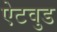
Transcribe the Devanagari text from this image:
ऐटवुड